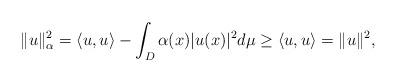
LaTeX: \begin{align*}\begin{aligned}\|u\|_{\alpha}^2=\displaystyle \langle u,u \rangle-\int_D{\alpha(x)}|u(x)|^{2}d\mu\geq \langle u,u \rangle=\|u\|^2,\end{aligned}\end{align*}